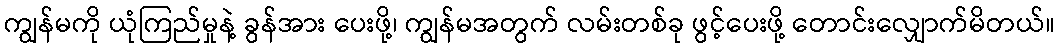
ကျွန်မကို ယုံကြည်မှုနဲ့ ခွန်အား ပေးဖို့၊ ကျွန်မအတွက် လမ်းတစ်ခု ဖွင့်ပေးဖို့ တောင်းလျှောက်မိတယ်။